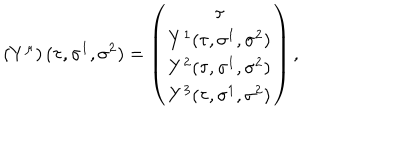
LaTeX: \left( Y ^ { \mu } \right) ( \tau , \sigma ^ { 1 } , \sigma ^ { 2 } ) = \left( \begin{array} { c } { { \tau } } \\ { { Y ^ { 1 } ( \tau , \sigma ^ { 1 } , \sigma ^ { 2 } ) } } \\ { { Y ^ { 2 } ( \tau , \sigma ^ { 1 } , \sigma ^ { 2 } ) } } \\ { { Y ^ { 3 } ( \tau , \sigma ^ { 1 } , \sigma ^ { 2 } ) } } \\ \end{array} \right) ,